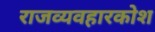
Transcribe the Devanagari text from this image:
राजव्यवहारकोश